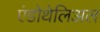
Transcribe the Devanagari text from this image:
एंडोथेलिअल